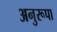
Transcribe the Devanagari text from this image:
अनुरूपा